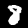
Digit: 8